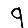
Digit: 9